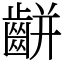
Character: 𪘀